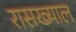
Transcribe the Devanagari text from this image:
रासख्याल